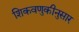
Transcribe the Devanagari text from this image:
शिकवणुकीनुसार